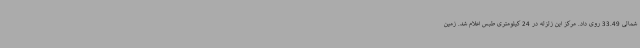
شمالی 33.49 روی داد. مرکز این زلزله در 24 کیلومتری طبس اعلام شد. زمین